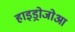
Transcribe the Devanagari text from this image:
हाइड्रोजोआ